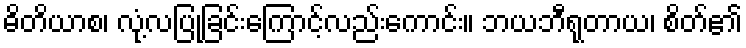
ဓိတိယာစ၊ လုံ့လပြုခြင်းကြောင့်လည်းကောင်း။ ဘယဘီရုတာယ၊ စိတ်၏